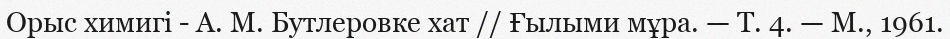
Орыс химигі - А. М. Бутлеровке хат // Ғылыми мұра. — Т. 4. — М., 1961.